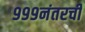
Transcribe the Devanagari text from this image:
९९९नंतरची